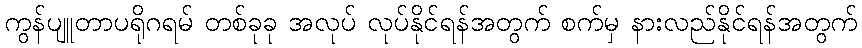
ကွန်ပျူတာပရိုဂရမ် တစ်ခုခု အလုပ် လုပ်နိုင်ရန်အတွက် စက်မှ နားလည်နိုင်ရန်အတွက်